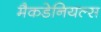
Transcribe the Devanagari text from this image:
मैकडेनियल्स